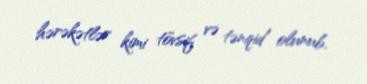
hərəkətlər kimi tövsif və tənqid olunub.